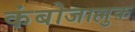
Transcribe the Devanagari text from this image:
कंबोजाल्लुक